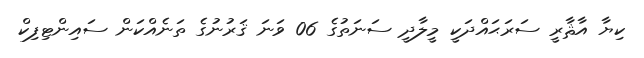
ކިޔާ އާޘާރީ ސަރަޙައްދަކީ މީލާދީ ސަނަތުގެ 06 ވަނަ ޤަރުނުގެ ތަނެއްކަން ސައިންޓިފިކް